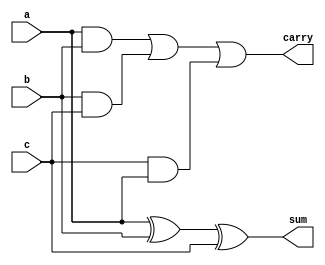
`timescale 1ns / 1ps
//////////////////////////////////////////////////////////////////////////////////
// Company: 
// Engineer: 
// 
// Design Name: 
// Module Name:    FA 
// Project Name: 
// Target Devices: 
// Tool versions: 
// Description: 
//
// Dependencies: 
//
// Revision: 
// Revision 0.01 - File Created
// Additional Comments: 
//
//////////////////////////////////////////////////////////////////////////////////
module FA(sum,carry,a,b,c);

   input wire a,b,c;
   output wire sum,carry;

assign sum=a^b^c;
assign carry=(a&b)|(b&c)|(c&a);
endmodule